画像に写った文字を読んでください
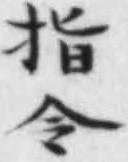
「指令」と書いてあります